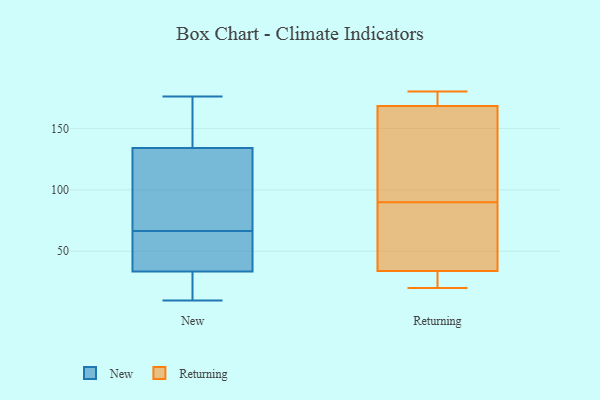
{"axis": {"x": "Tickets Resolved", "y": "Value"}, "legend": ["New", "Returning"], "data": [{"x": "", "y": 162, "type": "New"}, {"x": "", "y": 10, "type": "New"}, {"x": "", "y": 128, "type": "New"}, {"x": "", "y": 37, "type": "New"}, {"x": "", "y": 109, "type": "New"}, {"x": "", "y": 44, "type": "New"}, {"x": "", "y": 49, "type": "New"}, {"x": "", "y": 92, "type": "New"}, {"x": "", "y": 140, "type": "New"}, {"x": "", "y": 34, "type": "New"}, {"x": "", "y": 84, "type": "New"}, {"x": "", "y": 176, "type": "New"}, {"x": "", "y": 11, "type": "New"}, {"x": "", "y": 156, "type": "New"}, {"x": "", "y": 14, "type": "New"}, {"x": "", "y": 33, "type": "New"}, {"x": "", "y": 172, "type": "Returning"}, {"x": "", "y": 34, "type": "Returning"}, {"x": "", "y": 20, "type": "Returning"}, {"x": "", "y": 27, "type": "Returning"}, {"x": "", "y": 43, "type": "Returning"}, {"x": "", "y": 180, "type": "Returning"}, {"x": "", "y": 34, "type": "Returning"}, {"x": "", "y": 180, "type": "Returning"}, {"x": "", "y": 157, "type": "Returning"}, {"x": "", "y": 90, "type": "Returning"}, {"x": "", "y": 148, "type": "Returning"}]}